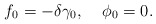
\begin{align*}f_0 = -\delta \gamma_0, \;\;\;\; \phi_0 = 0.\end{align*}